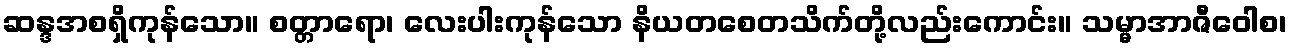
ဆန္ဒအစရှိကုန်သော။ စတ္တာရော၊ လေးပါးကုန်သော နိယတစေတသိက်တို့လည်းကောင်း။ သမ္မာအာဇီဝေါစ၊